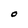
Character: O